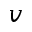
\boldsymbol { v }